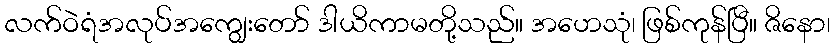
လက်ဝဲရံအလုပ်အကျွေးတော် ဒါယိကာမတို့သည်။ အဟေသုံ၊ ဖြစ်ကုန်ပြီ။ ဇိနော၊